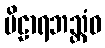
ဗိဠာရဘသ္တံဝ